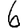
Digit: 6